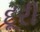
દૂરી